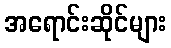
အရောင်းဆိုင်များ